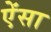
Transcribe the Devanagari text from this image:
ऐंसा